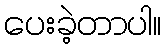
ပေးခဲ့တာပါ။